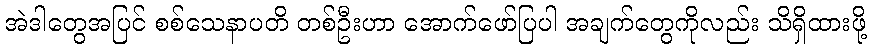
အဲဒါတွေအပြင် စစ်သေနာပတိ တစ်ဦးဟာ အောက်ဖော်ပြပါ အချက်တွေကိုလည်း သိရှိထားဖို့